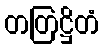
တတြဋ္ဌိတံ